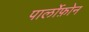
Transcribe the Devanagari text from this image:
पार्लोफ़ोन